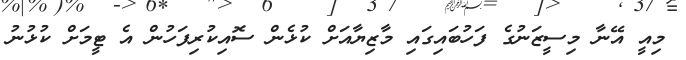
މިއީ އޭނާ މިސީޒަނުގެ ފަހުބައިގައި މާޒިޔާއަށް ކުޅެން ސޮއިކުރިފަހުން އެ ޓީމަށް ކުޅުނު